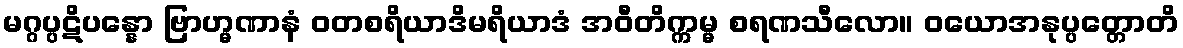
မဂ္ဂပ္ပဋိပန္နော ဗြာဟ္မဏာနံ ဝတစရိယာဒိမရိယာဒံ အဝီတိက္ကမ္မ စရဏသီလော။ ဝယောအနုပ္ပတ္တောတိ